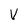
Character: V